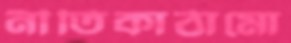
নীতিকাঠামো